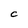
Character: C